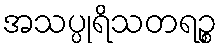
အသပ္ပုရိသတရဉ္စ